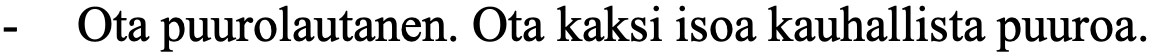
-  Ota puurolautanen. Ota kaksi isoa kauhallista puuroa.